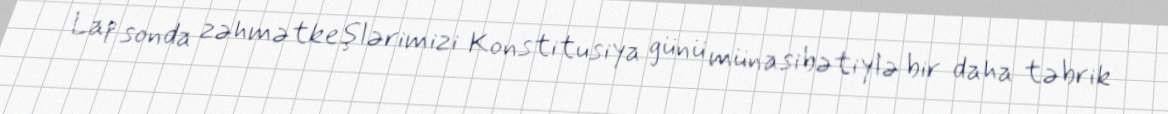
Lap sonda zəhmətkeşlərimizi Konstitusiya günü münasibətiylə bir daha təbrik